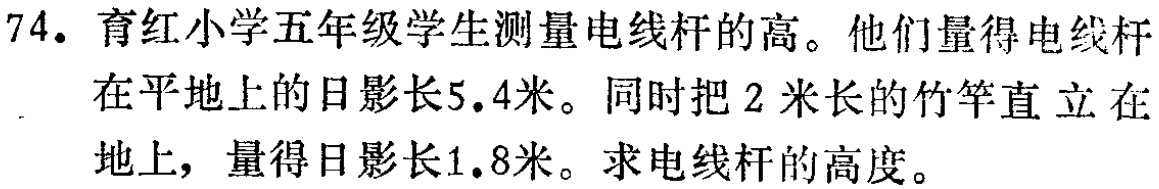
74. 育红小学五年级学生测量电线杆的高。他们量得电线杆在平地上的日影长5.4米。同时把2米长的竹竿直立在地上，量得日影长1.8米。求电线杆的高度。